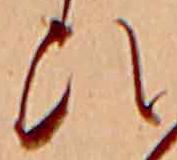
ひ